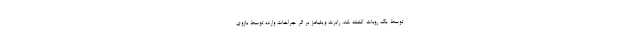
توسط یک روبات کشته شد. رابرت ویلیامز بر اثر جراحات وارده توسط بازوی